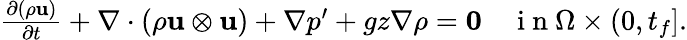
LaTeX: \begin{array}{r}{\frac{\partial(\rho\mathbf u)}{\partial t}+\nabla\cdot(\rho\mathbf u\otimes\mathbf u)+\nabla p^{\prime}+gz\nabla\rho=\boldsymbol{0}\quad\mathrm{~i~n~}\Omega\times(0,t_{f}].}\end{array}